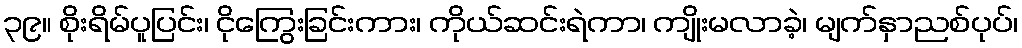
၃၉။ စိုးရိမ်ပူပြင်း၊ ငိုကြွေးခြင်းကား၊ ကိုယ်ဆင်းရဲကာ၊ ကျိုးမလာခဲ့၊ မျက်နှာညစ်ပုပ်၊